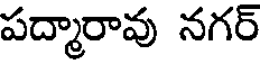
పద్మారావు నగర్